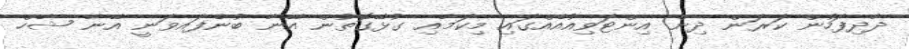
ދާދިފަހުން ކަރަން ދިން އިންޓަވިއުއެއްގައި މިކަމާއި ގުޅޭގޮތުން އޭނާ ބުނެފައވަނީ އޭނާ ޝާހް